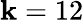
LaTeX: \mathbf{k}=12